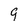
Character: 9